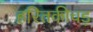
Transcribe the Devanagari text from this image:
हरितकीचड़